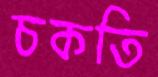
চকতি